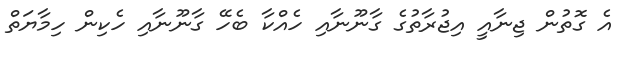
އެ ގޮތުން ޖިނާއީ އިޖުރާތުގެ ގާނޫނާއި ހެއްކާ ބެހޭ ގާނޫނާއި ހެކިން ހިމާޔަތް